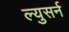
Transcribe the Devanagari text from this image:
ल्युसर्न